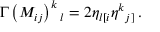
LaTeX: \Gamma \left( M _ { i j } \right) ^ { k } { } _ { l } = 2 \eta _ { l [ i } \eta ^ { k } { } _ { j ] } \, .